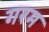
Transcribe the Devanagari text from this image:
गरम